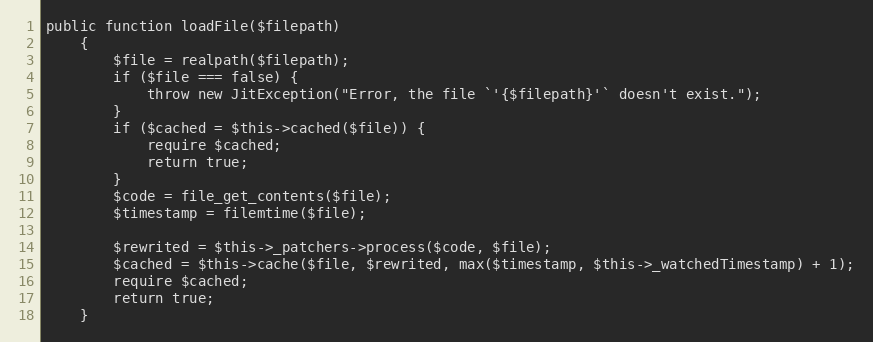
Language: PHP
public function loadFile($filepath)
    {
        $file = realpath($filepath);
        if ($file === false) {
            throw new JitException("Error, the file `'{$filepath}'` doesn't exist.");
        }
        if ($cached = $this->cached($file)) {
            require $cached;
            return true;
        }
        $code = file_get_contents($file);
        $timestamp = filemtime($file);

        $rewrited = $this->_patchers->process($code, $file);
        $cached = $this->cache($file, $rewrited, max($timestamp, $this->_watchedTimestamp) + 1);
        require $cached;
        return true;
    }